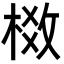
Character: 𬃈